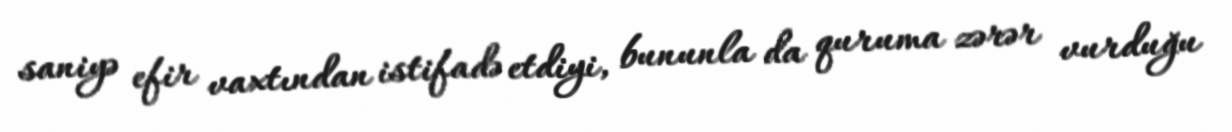
saniyə efir vaxtından istifadə etdiyi, bununla da quruma zərər vurduğu